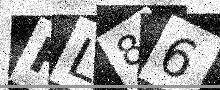
Text: RL86